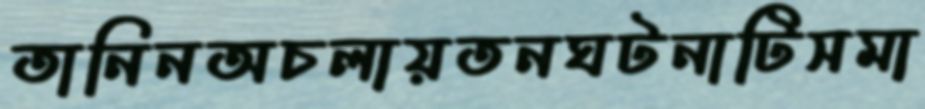
তানিনঅচলায়তনঘটনাটিসমা